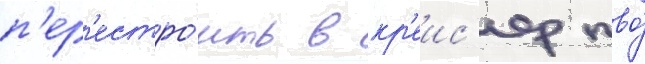
п'ер'естро́ить в кр'еис'ер пво́